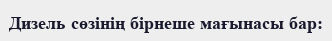
Дизель сөзінің бірнеше мағынасы бар: